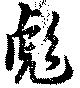
彪